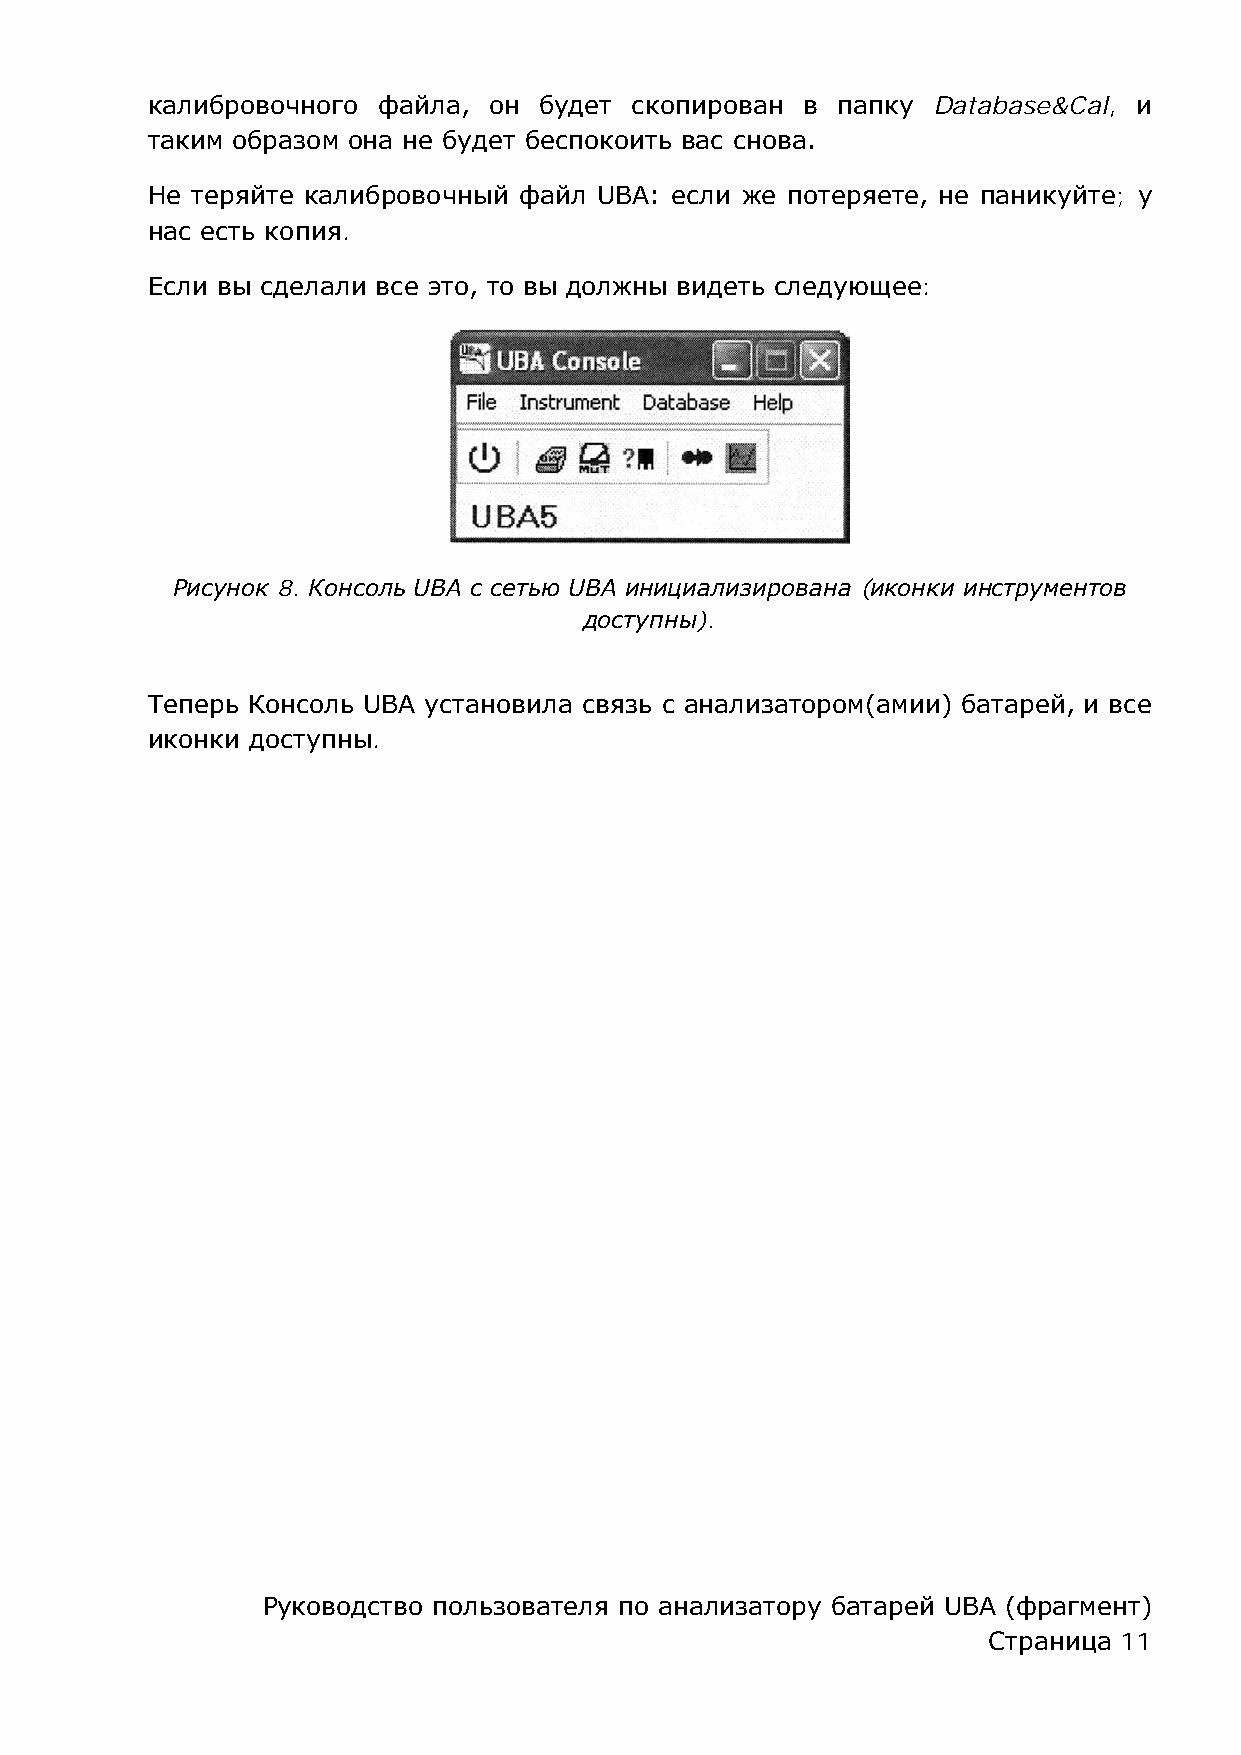
калибровочного файла, он  будет скопирован в папку  Database&Cal, и
 таким образом она не будет беспокоить вас снова.
 Не теряйте калибровочный файл UBA: если же потеряете, не паникуйте; у
 нас есть копия.
 Если вы сделали все это, то вы должны видеть следующее:
 Рисунок 8. Консоль UBA с сетью UBA инициализирована (иконки инструментов
 доступны).
 Теперь Консоль UBA установила связь с анализатором(амии) батарей, и все
 иконки доступны.
 Руководство пользователя по анализатору батарей UBA (фрагмент)
 Страница 11